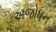
અજોધન